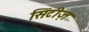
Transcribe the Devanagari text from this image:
सिंटीज़